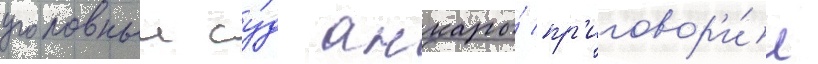
уголовныи су́д анкары́ пр'иговор'и́л